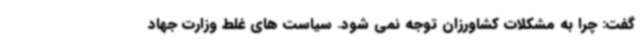
گفت: چرا به مشکلات کشاورزان توجه نمی شود. سیاست های غلط وزارت جهاد